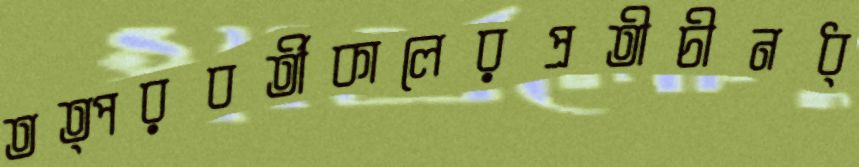
তত্পরবর্তীকালেরপ্রতীচীনধ্